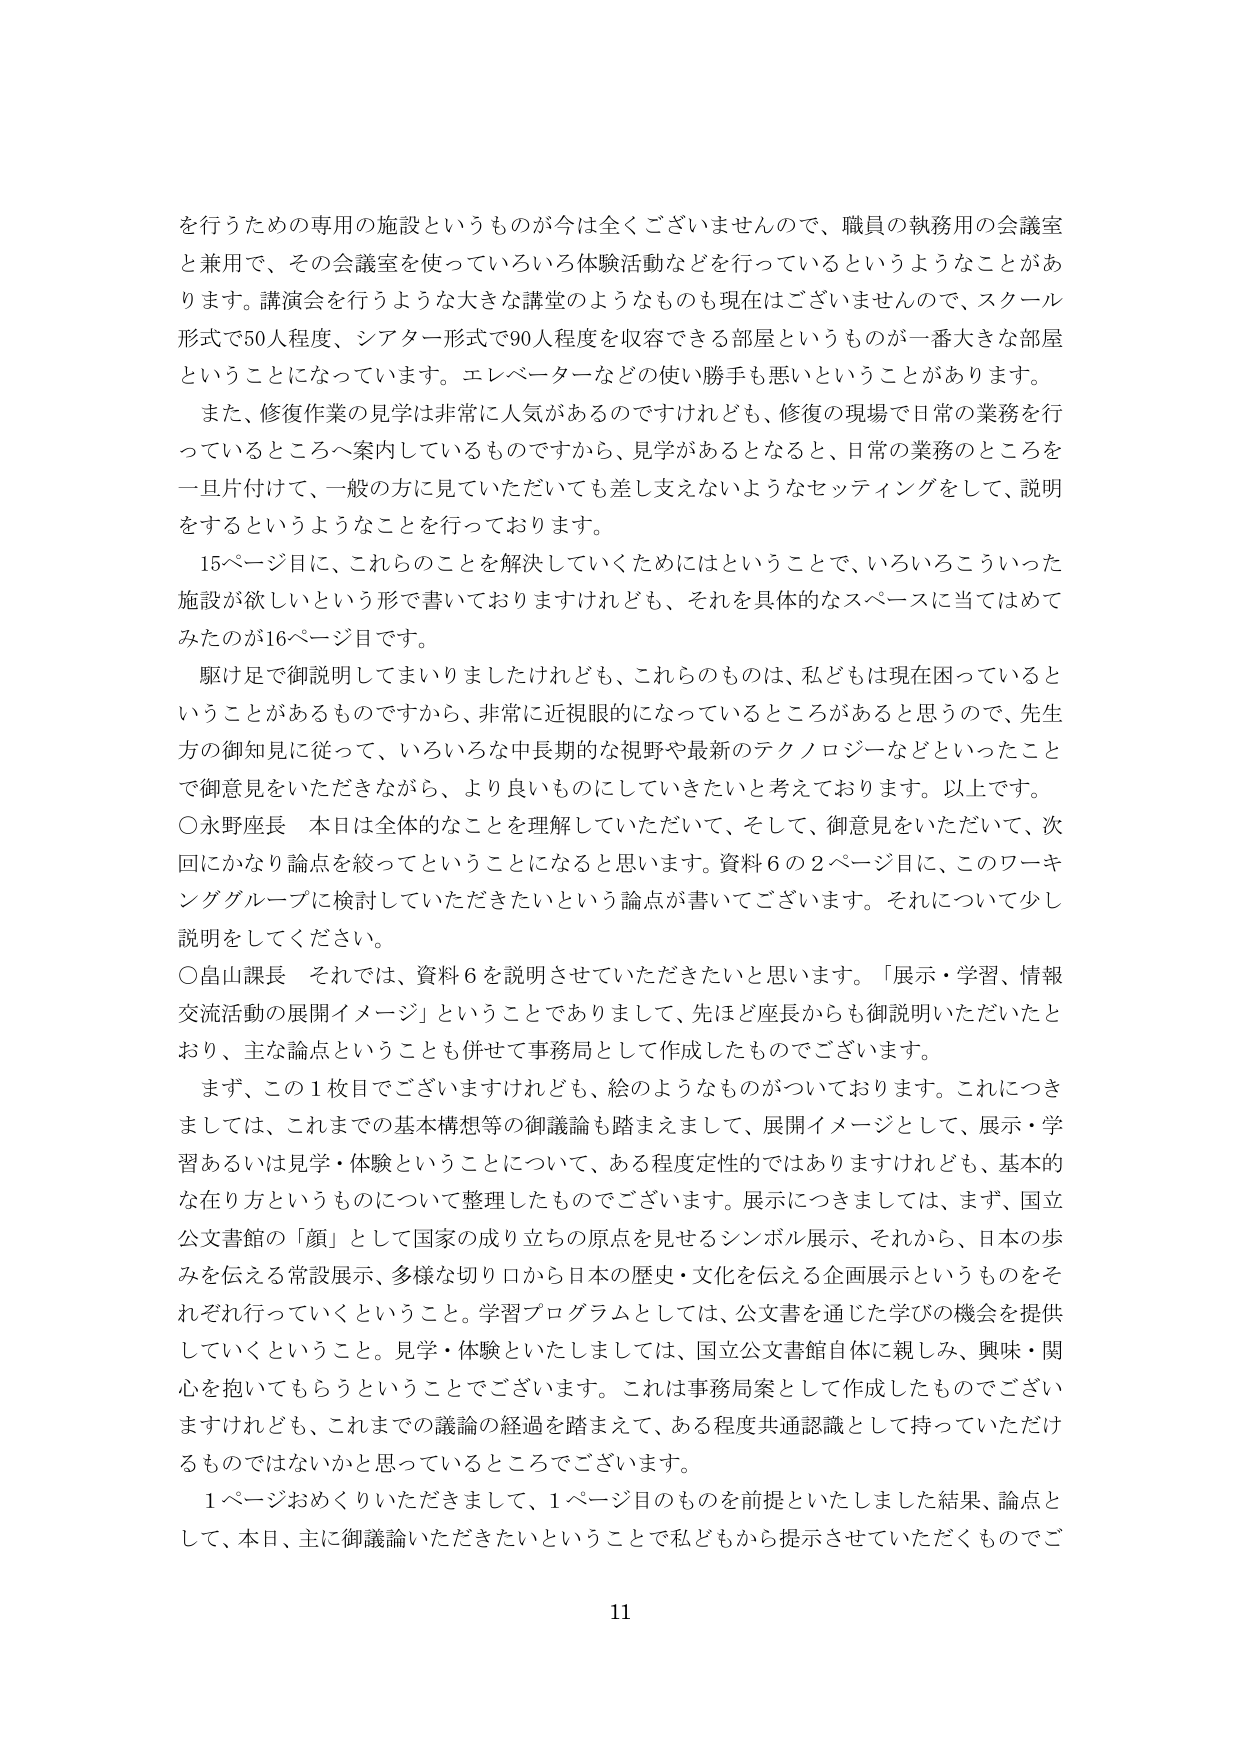
を行うための専用の施設というものが今は全くございませんので、職員の執務用の会議室
と兼用で、その会議室を使っていろいろ体験活動などを行っているというようなことがあ
ります。講演会を行うような大きな講堂のようなものも現在はございませんので、スクール
形式で50人程度、シアター形式で90人程度を収容できる部屋というものが一番大きな部屋
ということになっています。エレベーターなどの使い勝手も悪いということがあります。
また、修復作業の見学は非常に人気があるのですけれども、修復の現場で日常の業務を行
っているところへ案内しているものですから、見学があるとなると、日常の業務のところを
一旦片付けて、一般の方に見ていただいても差し支えないようなセッティングをして、説明
をするというようなことを行っております。
15ページ目に、これらのこと解決していくためにはということで、いろいろこういった
施設が欲しいという形で書いておりますけれども、それを具体的なスペースに当てはめて
みたのが16ページ目です。
駆け足で御説明してまいりましたけれども、これらのも的是、私どもは現在困っていると
いうことがあるものですから、非常に近視眼的になっているところがあると思うので、先生
方の御知見に従って、いろいろな中長期的な視野や最新のテクノロジーなどといったこと
で御意見をいただきながら、より良いものにしていきたいと考えております。以上です。
〇永野座長 本日は全体的なことを理解していただいて、そして、御意見をいただいて、次
回にかなり論点を絞ってということになると思います。資料6の2ページ目に、このワーキ
ンググループに検討していただきたいという論点が書いてございます。それについて少し
説明をしてください。
〇畠山課長 それでは、資料6を説明させていただきたいと思います。「展示・学習、情報
交流活動の展開イメージ」ということでありまして、先ほど座長からも御説明いただいたと
おり、主な論点ということも併せて事務局として作成したものでございます。
まず、この1枚目でございますけれども、絵のようなものがついております。これにつき
ましては、これまでの基本構想等の御議論も踏まえまして、展開イメージとして、展示・学
習あるいは見学・体験ということについて、ある程度定性的ではありますけれども、基本的
な在り方というものについて整理したものでございます。展示につきましては、まず、国立
公文書館の「顔」として国家の成り立ちの原点を見せるシンボル展示、それから、日本の歩
みを伝える常設展示、多様な切り口から日本の歴史・文化を伝える企画展示というものをそ
れぞれ行っていくということ。学習プログラムとしては、公文書を通じた学びの機会を提供
していくということ。見学・体験といたしましては、国立公文書館自体に親しみ、興味・関
心を抱いてもらうということでございます。これは事務局案として作成したものでござい
ますけれども、これまでの議論の経過を踏まえて、ある程度共通認識として持っていただけ
るものではないかと思っているところでございます。
1ページおおくりいただきまして、1ページ目のものを前提といたしました結果、論点と
して、本日、主に御議論いただきたいということで私どもから提示させていただくものでご
11